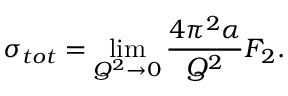
\sigma _ { t o t } = \operatorname * { l i m } _ { Q ^ { 2 } \rightarrow 0 } \frac { 4 \pi ^ { 2 } \alpha } { Q ^ { 2 } } F _ { 2 } .